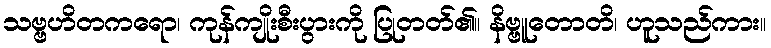
သဗ္ဗဟိတကရော၊ ကုန်ကျိုးစီးပွားကို ပြုတတ်၏။ နိဗ္ဗူတောတိ၊ ဟူသည်ကား။